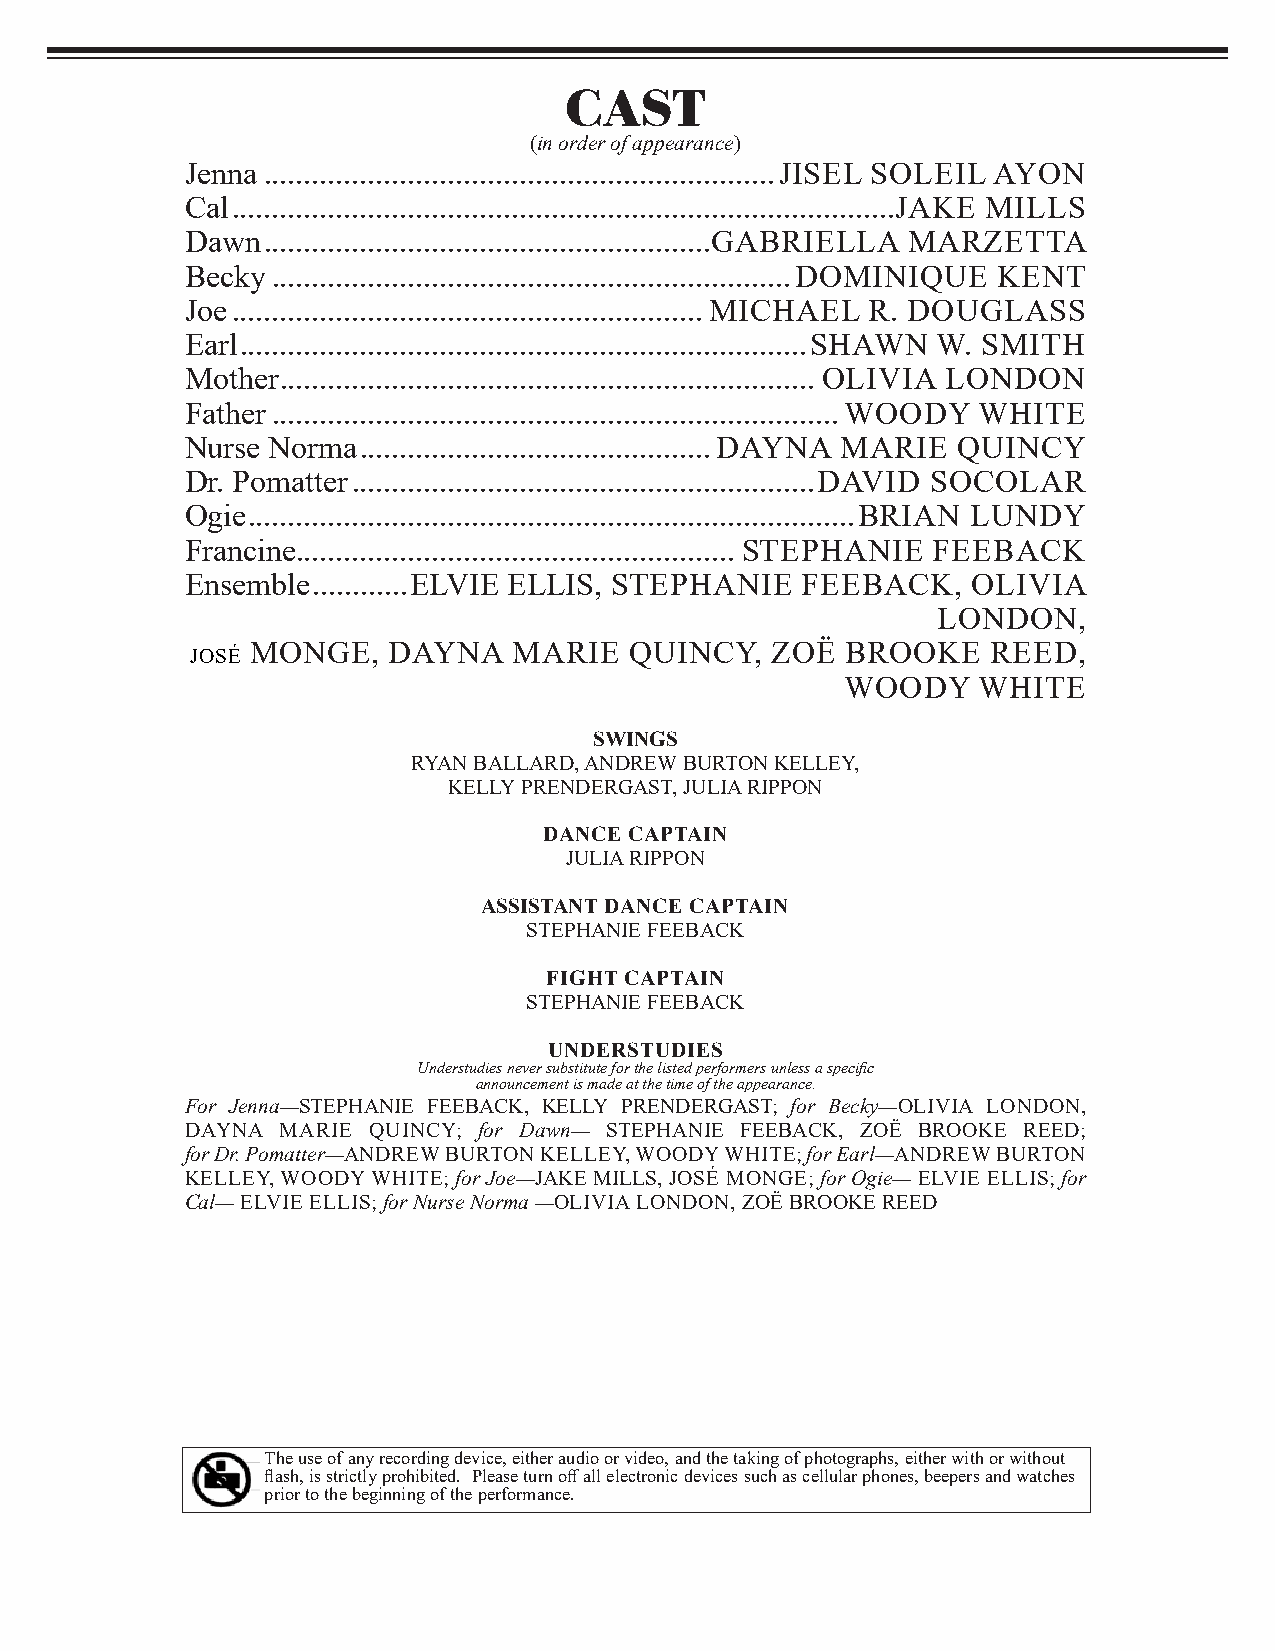
CAST
 (in order of appearance)
 Jenna ................................................................JISEL SOLEIL AYON
 Cal ...................................................................................JAKE MILLS
 Dawn  ........................................................GABRIELLA MARZETTA
 Becky .................................................................DOMINIQUE KENT
 Joe ...........................................................MICHAEL R. DOUGLASS
 Earl .......................................................................SHAWN W. SMITH
 Mother ................................................................... OLIVIA LONDON
 Father .......................................................................WOODY WHITE
 Nurse Norma ............................................DAYNA MARIE QUINCY
 Dr. Pomatter ..........................................................DAVID SOCOLAR
 Ogie ............................................................................BRIAN LUNDY
 Francine ....................................................... STEPHANIE FEEBACK
 Ensemble ............ELVIE ELLIS, STEPHANIE FEEBACK, OLIVIA
 LONDON,
 MONGE,   DAYNA   MARIE   QUINCY,  ZOË  BROOKE    REED,
 JOSÉ
 WOODY    WHITE
 SWINGS
 RYAN BALLARD, ANDREW BURTON KELLEY,
 KELLY PRENDERGAST, JULIA RIPPON
 DANCE CAPTAIN
 JULIA RIPPON
 ASSISTANT DANCE CAPTAIN
 STEPHANIE FEEBACK
 FIGHT CAPTAIN
 STEPHANIE FEEBACK
 UNDERSTUDIES
 Understudies never substitute for the listed performers unless a specific
 announcement is made at the time of the appearance.
 For Jenna—STEPHANIE FEEBACK, KELLY PRENDERGAST; for Becky—OLIVIA LONDON,
 DAYNA  MARIE QUINCY; for Dawn— STEPHANIE FEEBACK, ZOË BROOKE REED;
 for Dr. Pomatter—ANDREW BURTON KELLEY, WOODY WHITE; for Earl—ANDREW BURTON
 KELLEY, WOODY WHITE; for Joe—JAKE MILLS, JOSÉ MONGE; for Ogie— ELVIE ELLIS; for
 Cal— ELVIE ELLIS; for Nurse Norma —OLIVIA LONDON, ZOË BROOKE REED
 The use of any recording device, either audio or video, and the taking of photographs, either with or without
 flash, is strictly prohibited. Please turn off all electronic devices such as cellular phones, beepers and watches
 prior to the beginning of the performance.